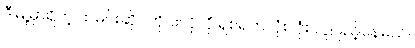
ဒီမြို့မှာရှိတဲ့ ထမင်းဆိုင်တိုင်းလိုလို ရှစ်ရက်လုံးလုံး လူပြည့်နေမယ်။